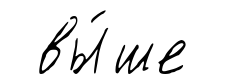
вы́ше